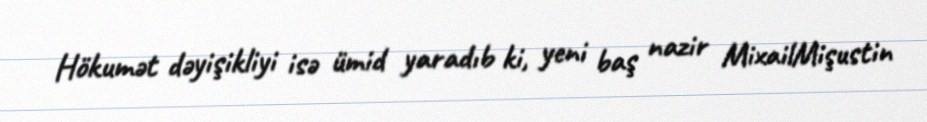
Hökumət dəyişikliyi isə ümid yaradıb ki, yeni baş nazir MixailMişustin